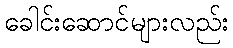
ခေါင်းဆောင်များလည်း